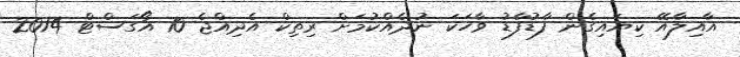
އާއިލާއޭ ކިޔައިގެން ފާޑުފާޑު ވާހަކަ ނުދެއްކުމަށް ރިތިކް އެދިއްޖެ 10 އޯގަސްޓް 2014